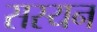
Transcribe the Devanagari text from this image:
सस्यन